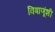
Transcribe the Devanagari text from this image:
विषाणूंशी